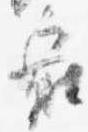
衆